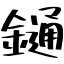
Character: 𨫤